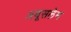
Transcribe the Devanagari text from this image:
अबूसलेम